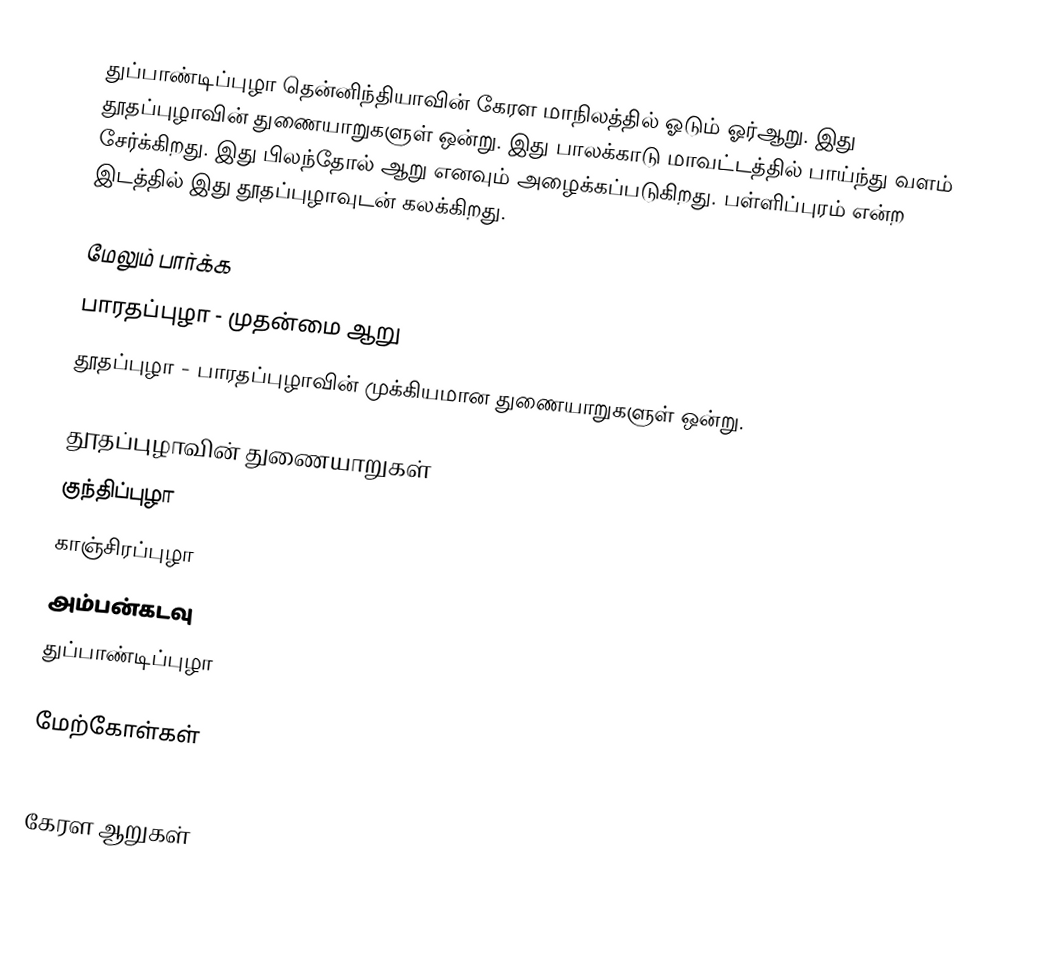
துப்பாண்டிப்புழா தென்னிந்தியாவின் கேரள மாநிலத்தில் ஓடும் ஓர்ஆறு. இது தூதப்புழாவின் துணையாறுகளுள் ஒன்று. இது பாலக்காடு மாவட்டத்தில் பாய்ந்து வளம் சேர்க்கிறது. இது பிலந்தோல் ஆறு எனவும் அழைக்கப்படுகிறது. பள்ளிப்புரம் என்ற இடத்தில் இது தூதப்புழாவுடன் கலக்கிறது.

மேலும் பார்க்க
பாரதப்புழா - முதன்மை ஆறு
தூதப்புழா - பாரதப்புழாவின் முக்கியமான துணையாறுகளுள் ஒன்று.

தூதப்புழாவின் துணையாறுகள்
குந்திப்புழா
காஞ்சிரப்புழா
அம்பன்கடவு
துப்பாண்டிப்புழா

மேற்கோள்கள்

கேரள ஆறுகள்